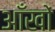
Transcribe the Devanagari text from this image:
अाँखों